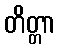
တိတ္တာ